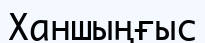
Ханшыңғыс